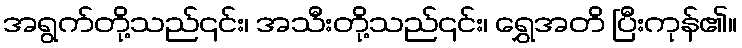
အရွက်တို့သည်၎င်း၊ အသီးတို့သည်၎င်း၊ ရွှေအတိ ပြီးကုန်၏။